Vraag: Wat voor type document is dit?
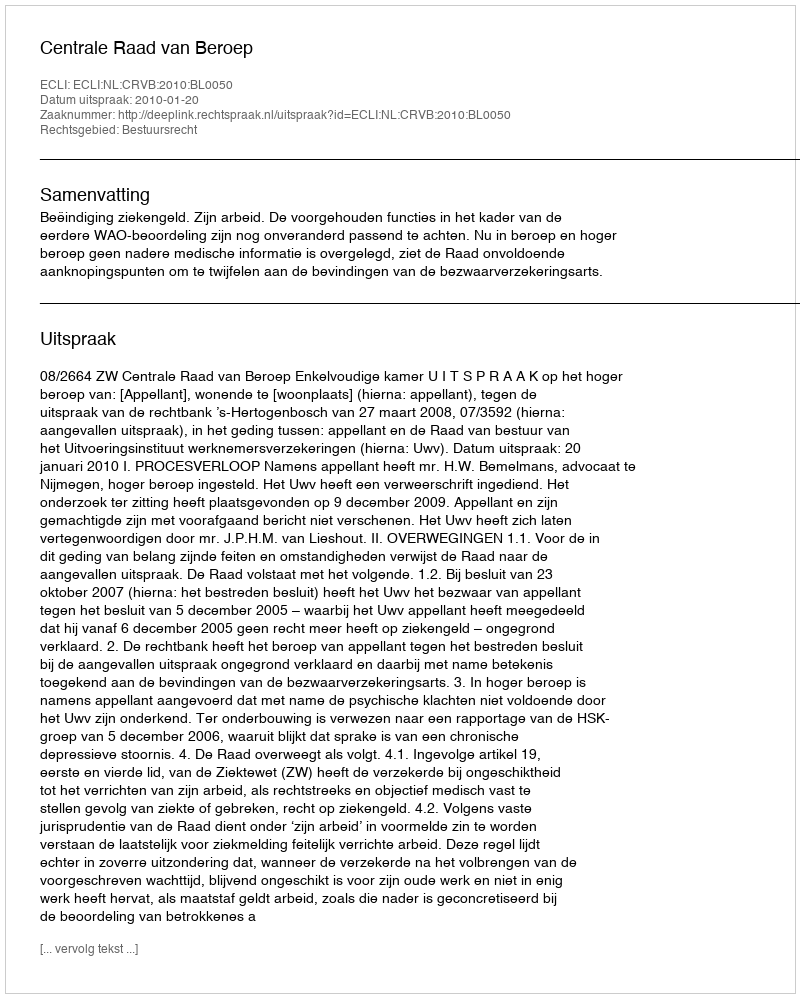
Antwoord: Uitspraak